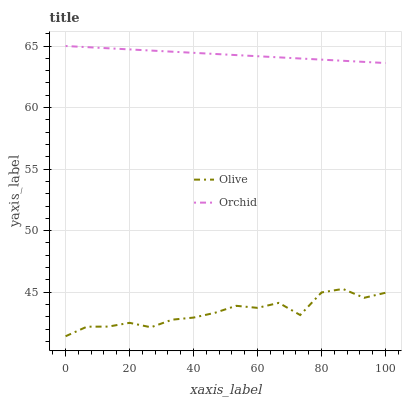
| xaxis_label | Olive | Orchid |
 | --- | --- | --- |
 | 0 | 41.4 | 65 |
 | 6.67 | 42.2 | 64.9 |
 | 13.3 | 42.2 | 64.8 |
 | 20 | 42.5 | 64.7 |
 | 26.7 | 42.1 | 64.6 |
 | 33.3 | 42.8 | 64.5 |
 | 40 | 42.9 | 64.4 |
 | 46.7 | 43.3 | 64.4 |
 | 53.3 | 43.9 | 64.3 |
 | 60 | 43.7 | 64.2 |
 | 66.7 | 44.1 | 64.1 |
 | 73.3 | 43.1 | 64 |
 | 80 | 45 | 63.9 |
 | 86.7 | 45.3 | 63.8 |
 | 93.3 | 44.5 | 63.7 |
 | 100 | 45 | 63.6 |